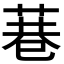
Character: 𮏮